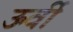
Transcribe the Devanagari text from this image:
ऊर्वी